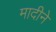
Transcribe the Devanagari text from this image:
मादीने